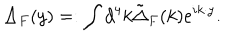
\Delta _ { F } ( y ) = : \int d ^ { 4 } k \tilde { \Delta } _ { F } ( k ) e ^ { i k \cdot y } .